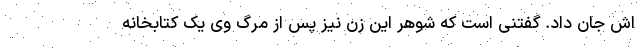
اش جان داد. گفتنی است که شوهر این زن نیز پس از مرگ وی یک کتابخانه